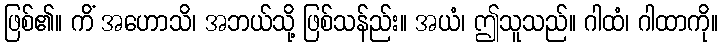
ဖြစ်၏။ ကိံ အဟောသိ၊ အဘယ်သို့ ဖြစ်သန်ည်း။ အယံ၊ ဤသူသည်။ ဂါထံ၊ ဂါထာကို။